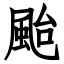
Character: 颱